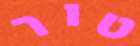
טור